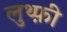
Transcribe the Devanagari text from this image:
लुथ्फ़ी